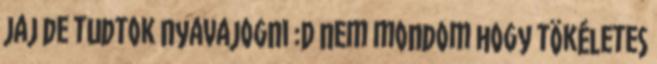
jaj de tudtok nyavajogni :D nem mondom hogy tökéletes